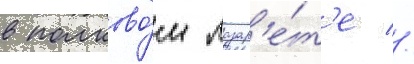
в полково́м лазар'е́т'е //